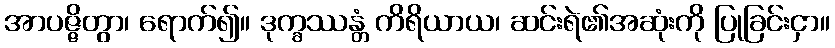
အာပဇ္ဇိတွာ၊ ရောက်၍။ ဒုက္ခဿန္တံ ကိရိယာယ၊ ဆင်းရဲ၏အဆုံးကို ပြုခြင်းငှာ။